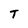
Character: T